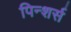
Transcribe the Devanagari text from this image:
पिन्शर्स